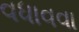
વધાવવા